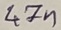
Text: 47n